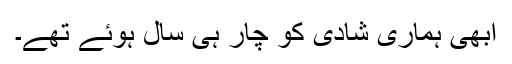
ابھی ہماری شادی کو چار ہی سال ہوئے تھے۔